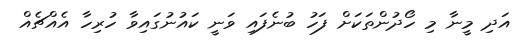
އަދި މީނާ މި ހޯދުންތަކަށް ފަހު ބުނެފައި ވަނީ ކައުނުގައިވާ ހުރިހާ އެއްޗެއް